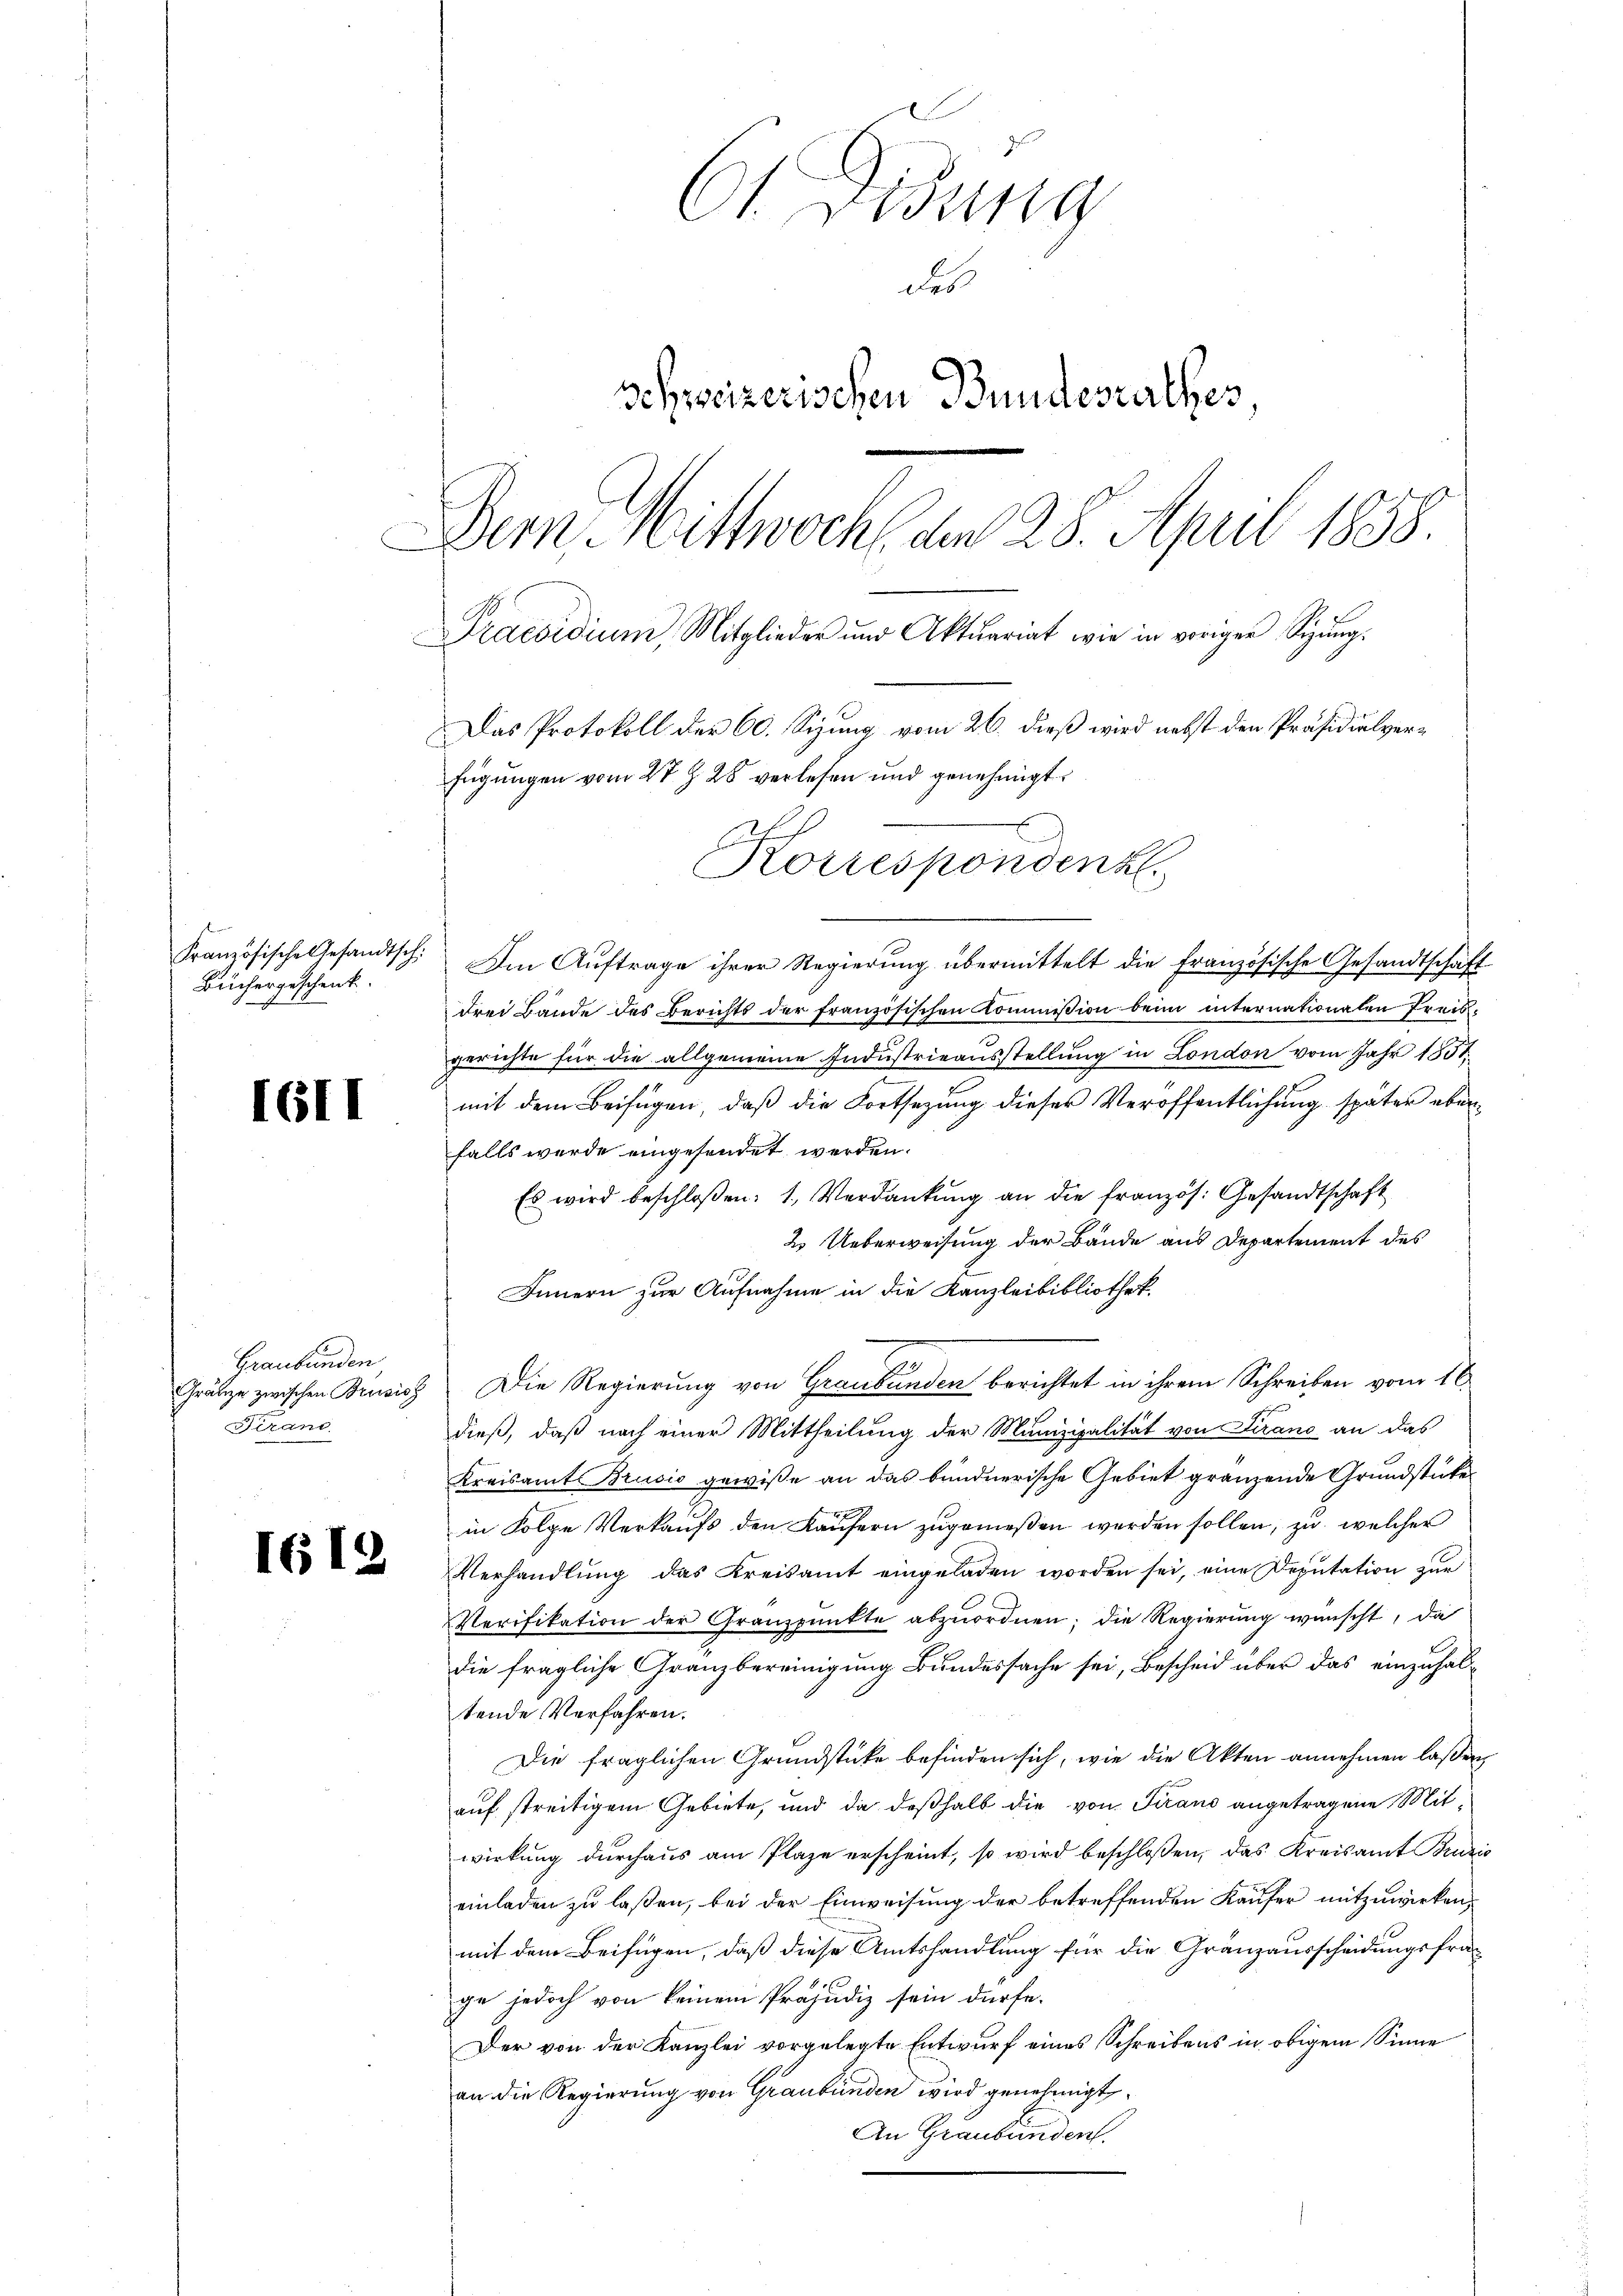
Französische Gesandtschi
Büchergeschenk.

1611

Graubünden
Trans

IG12

C Didung
Fes
schweizerischen Bundesrathes,
Dein Mittwoch den 28. April 1858
Praesidium, Mitglieder und Aktuariat wie in voriger Sigŭng.
Das Protokoll der 60. Sizung vom 26. dieß wird nebst den Präsidialverfügungen vom 27 Z. 28 verlesen und genehmigt.
Korrespondenk

Im Auftrage ihrer Regierung übermittelt die Französische Gesandtschaft
drei Bände des Berichts der französischen Kommission beim internationalen Preisgerichte für die allgemeine Industrieausstellung in London vom Jahr 1851.
mit dem Beifügen, daß die Fortsezung dieser Veröffentlichung später überfalls wurde eingesendet werden.
Es wird beschloßen: 1., Verdankung an die französ. Gesandtschaft
2. Ueberweisung der Bände aus Departement des
Innern zur Aufnahme in die Kanzleibibliothek.
Gränze zwischen Brusis Die Regierung von Graubünden berichtet in ihrem Schreiben vom 16.
dieß, daß nach einer Mittheilung der Munizipalität von Tirano an das
Kreisamt Brusis gewiße an das bundnerische Gebiet gränzende Grundstücke
.
in Folge Verkaufs den Käufern zugemeßen werden sollen, zu welcher
Verhandlŭng das Kreisamt eingeladen worden sei, eine Deputation zur
Verifikation der Granzpunkte abzuordnen; die Regierung wünscht, da
die fragliche Granzbereinigung Bundessache sei, Bescheid über das einzuhaltende Verfahren.
Die fraglichen Grundstücke befinden sich, wie die Akten annehmen laßen
auf streitigem Gebiete, und da deßhalb die von Tirano angetragene Mitwirkung durchaus am Plaze erscheint, so wird beschlossen, das Kreisamt Bruzio
einladen zu laßen, bei der Einweisung der betreffenden Kaufer mitzuwirken,
mit dem Beifügen, daß diese Amtshandlung für die Gränzausscheidungsfrag
ge jedoch von keinem Präjudiz sein dürfe.
Der von der Kanzlei vorgelegte Entwurf eines Schreibens in obigem Sinne
an die Regierung von Graubünden wird genehmigt.
An Graubünden.